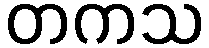
တကသ